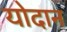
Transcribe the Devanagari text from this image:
योदान